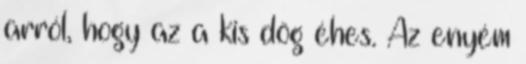
arról, hogy az a kis dög éhes. Az enyém